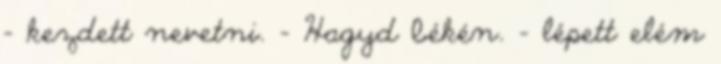
- kezdett nevetni. - Hagyd békén. - lépett elém